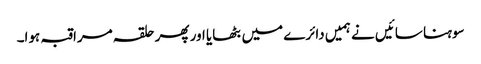
سوہنا سائیں نے ہمیں دائرے میں بٹھایا اور پھر حلقہ مراقبہ ہوا۔